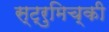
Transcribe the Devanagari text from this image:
स्ट्रुमिच्की